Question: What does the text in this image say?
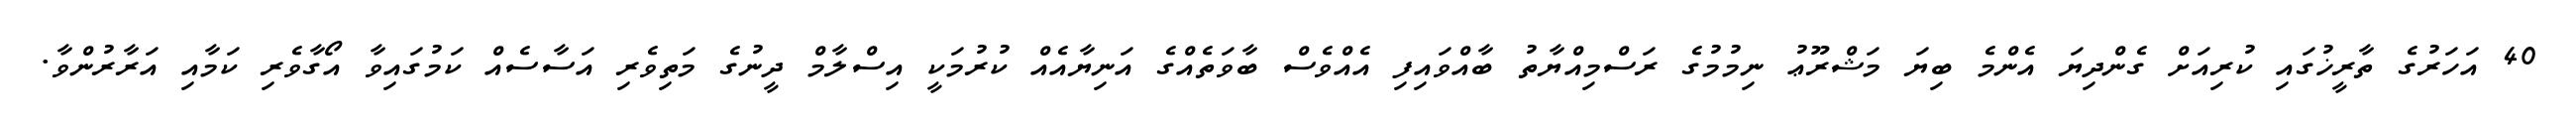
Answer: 40 އަހަރުގެ ތާރީޚުގައި ކުރިއަށް ގެންދިޔަ އެންމެ ބިޔަ މަޝްރޫޢު ނިމުމުގެ ރަސްމިއްޔާތު ބާއްވައިފި އެއްވެސް ބާވަތެއްގެ އަނިޔާއެއް ކުރުމަކީ އިސްލާމް ދީނުގެ މަތިވެރި އަސާސެއް ކަމުގައިވާ އޯގާވެރި ކަމާއި އަރާރުންވާ.